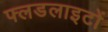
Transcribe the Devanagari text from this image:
फ्लडलाइटों